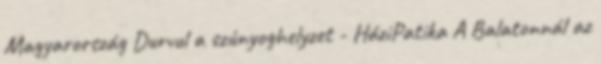
Magyarország Durvul a szúnyoghelyzet - HáziPatika A Balatonnál az